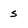
Character: s